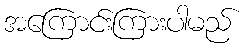
အကြောင်းကြားပါမည်